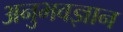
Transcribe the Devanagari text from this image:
अनुभवज्ञान